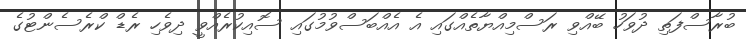
ބުރާސްފަތި ދުވަހު ބޭއްވި ރަސްމިއްޔާތެއްގައި އެ އެއްބަސްވުމުގައި ސޮއިކުރެއްވީ ދިވެހި ރެޑް ކްރެސެންޓުގެ